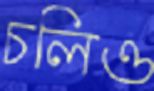
চলিও